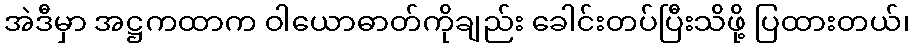
အဲဒီမှာ အဋ္ဌကထာက ဝါယောဓာတ်ကိုချည်း ခေါင်းတပ်ပြီးသိဖို့ ပြထားတယ်၊